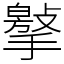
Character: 𢵿